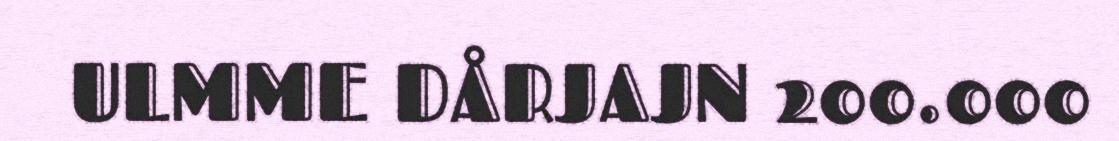
ULMME DÅRJAJN 200.000